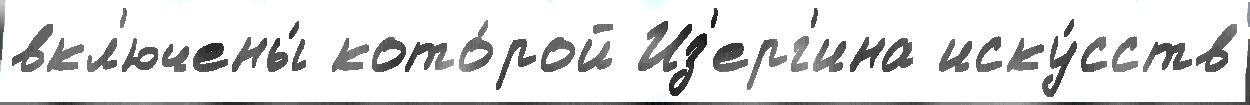
вкл'ючены́ кото́рой Из'ерг'ина иску́сств